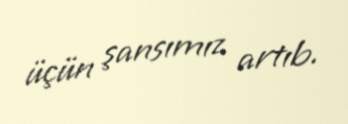
üçün şansımız artıb.